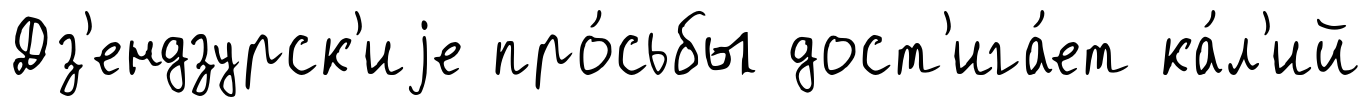
Дз'ендзурск'иjе про́сьбы дост'ига́ет ка́л'ий